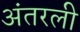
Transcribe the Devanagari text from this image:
अंतरली